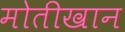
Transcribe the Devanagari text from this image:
मोतीखान